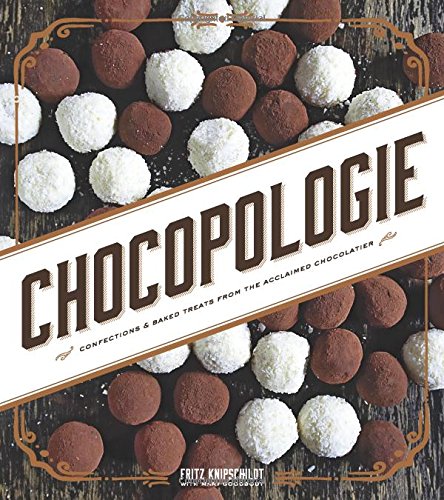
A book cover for Chocopologie: Confections & Baked Treats from the Acclaimed Chocolatier; Fritz Knipschildt; Cookbooks, Food & Wine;